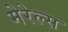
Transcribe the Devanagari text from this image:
मेरेल्स